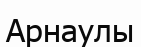
Арнаулы